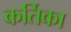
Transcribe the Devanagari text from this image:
कर्तिका